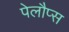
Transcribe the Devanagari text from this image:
पेलौप्स